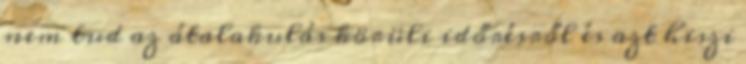
nem tud az átalakulás körüli időrésről és azt hiszi